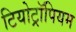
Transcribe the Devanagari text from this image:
टियोट्रॉपियम